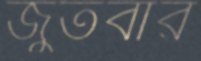
জুতবার